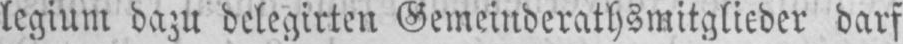
legium dazu delegirten Gemeinderathsmitglieder darf